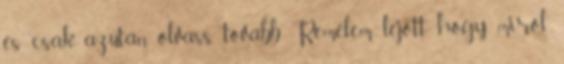
és csak azután olvass tovább. Remélem lejött, hogy miről